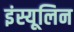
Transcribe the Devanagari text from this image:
इंस्यूलिन